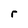
Character: r